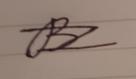
Signature authenticity: forged